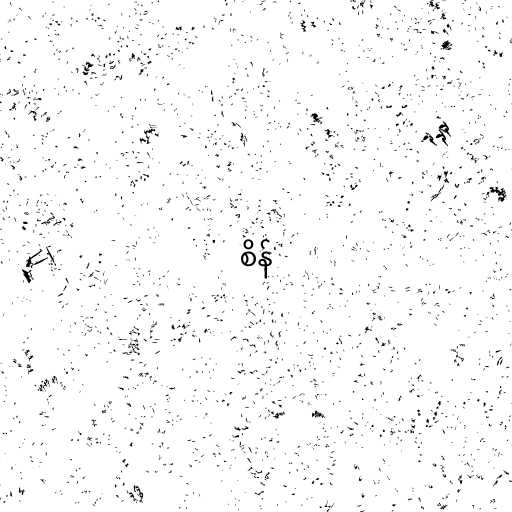
စိန်